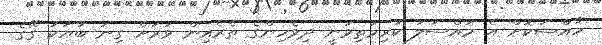
ހާއްސަކޮށް އެ މައްސަލަ ކުރިމަތިވަނީ ދިވެހިންގެ ތެރެއިން ވަރަށް ގިނަ ބަޔަކު ގޭގެ